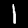
Digit: 1